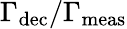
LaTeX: \Gamma_{\mathrm{dec}}/\Gamma_{\mathrm{meas}}